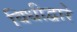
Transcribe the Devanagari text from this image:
विधीद्वारे